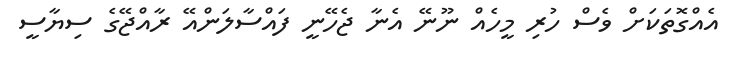
އެއްގޮތަކަށް ވެސް ހުރި މީހެއް ނޫނޭ އެނާ ޖެހޭނީ ފައްސާލަންއޭ ރާއްޖޭގެ ސިޔާސީ